Report on vaccination in the Province of Bengal - 1874-1889
Year: 1874
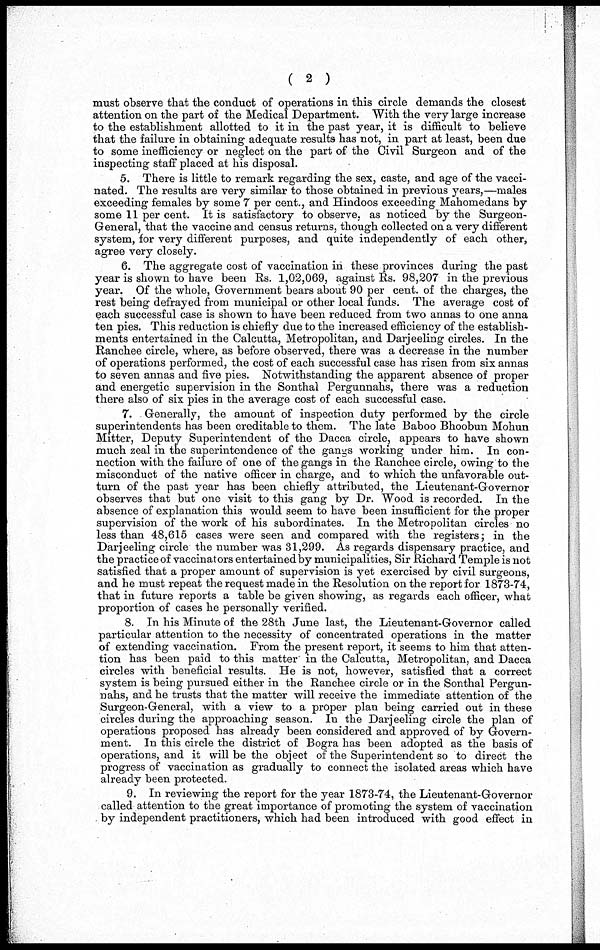
( 2 )
must observe that the conduct of operations in this circle demands the closest
attention on the part of the Medical Department. With the very large increase
to the establishment allotted to it in the past year, it is difficult to believe
that the failure in obtaining adequate results has not, in part at least, been due
to some inefficiency or neglect on the part of the Civil Surgeon and of the
inspecting staff placed at his disposal.
5. There is little to remark regarding the sex, caste, and age of the vacci-
nated. The results are very similar to those obtained in previous years,—males
exceeding females by some 7 per cent., and Hindoos exceeding Mahomedans by
some 11 per cent. It is satisfactory to observe, as noticed by the Surgeon-
General, that the vaccine and census returns, though collected on a very different
system, for very different purposes, and quite independently of each other,
agree very closely.
6. The aggregate cost of vaccination in these provinces during the past
year is shown to have been Rs. 1,02,069, against Rs. 98,207 in the previous
year. Of the whole, Government bears about 90 per cent. of the charges, the
rest being defrayed from municipal or other local funds. The average cost of
each successful case is shown to have been reduced from two annas to one anna
ten pies. This reduction is chiefly due to the increased efficiency of the establish-
ments entertained in the Calcutta, Metropolitan, and Darjeeling circles. In the
Ranchee circle, where, as before observed, there was a decrease in the number
of operations performed, the cost of each successful case has risen from six annas
to seven annas and five pies. Notwithstanding the apparent absence of proper
and energetic supervision in the Sonthal Pergunnahs, there was a reduction
there also of six pies in the average cost of each successful case.
7. Generally, the amount of inspection duty performed by the circle
superintendents has been creditable to them. The late Baboo Bhoobun Mohun
Mitter, Deputy Superintendent of the Dacca circle, appears to have shown
much zeal in the superintendence of the gangs working under him. In con-
nection with the failure of one of the gangs in the Ranchee circle, owing to the
misconduct of the native officer in charge, and to which the unfavorable out-
turn of the past year has been chiefly attributed, the Lieutenant-Governor
observes that but one visit to this gang by Dr. Wood is recorded. In the
absence of explanation this would seem to have been insufficient for the proper
supervision of the work of his subordinates. In the Metropolitan circles no
less than 48,615 cases were seen and compared with the registers; in the
Darjeeling circle the number was 31,299. As regards dispensary practice, and
the practice of vaccinators entertained by municipalities, Sir Richard Temple is not
satisfied that a proper amount of supervision is yet exercised by civil surgeons,
and he must repeat the request made in the Resolution on the report for 1873-74,
that in future reports a table be given showing, as regards each officer, what
proportion of cases he personally verified.
8. In his Minute of the 28th June last, the Lieutenant-Governor called
particular attention to the necessity of concentrated operations in the matter
of extending vaccination. From the present report, it seems to him that atten-
tion has been paid to this matter in the Calcutta, Metropolitan, and Dacca
circles with beneficial results. He is not, however, satisfied that a correct
system is being pursued either in the Ranchee circle or in the Sonthal Pergun-
nahs, and he trusts that the matter will receive the immediate attention of the
Surgeon-General, with a view to a proper plan being carried out in these
circles during the approaching season. In the Darjeeling circle the plan of
operations proposed has already been considered and approved of by Govern-
ment. In this circle the district of Bogra has been adopted as the basis of
operations, and it will be the object of the Superintendent so to direct the
progress of vaccination as gradually to connect the isolated areas which have
already been protected.
9. In reviewing the report for the year 1873-74, the Lieutenant-Governor
called attention to the great importance of promoting the system of vaccination
by independent practitioners, which had been introduced with good effect in